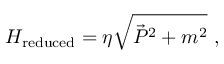
H _ { \mathrm { r e d u c e d } } = \eta \sqrt { \vec { P } ^ { 2 } + m ^ { 2 } } \ ,